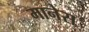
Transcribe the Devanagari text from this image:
मानेस